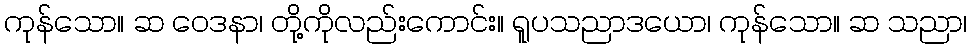
ကုန်သော။ ဆ ဝေဒနာ၊ တို့ကိုလည်းကောင်း။ ရူပသညာဒယော၊ ကုန်သော။ ဆ သညာ၊